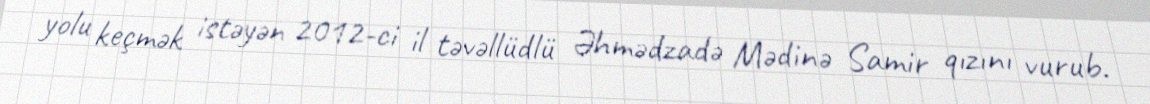
yolu keçmək istəyən 2012-ci il təvəllüdlü Əhmədzadə Mədinə Samir qızını vurub.